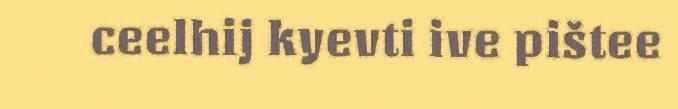
ceelhij kyevti ive pištee